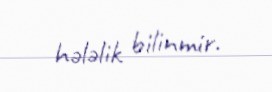
hələlik bilinmir.